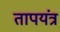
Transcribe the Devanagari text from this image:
तापयंत्र